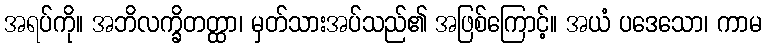
အရပ်ကို။ အဘိလက္ခိတတ္ထာ၊ မှတ်သားအပ်သည်၏ အဖြစ်ကြောင့်။ အယံ ပဒေသော၊ ကာမ